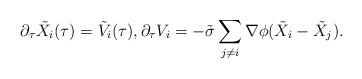
LaTeX: \begin{align*} \partial_\tau \tilde{X}_i(\tau) &= \tilde{V}_i(\tau), \partial_\tau V_i = -\tilde{\sigma} \sum_{j\neq i} \nabla \phi(\tilde{X}_i-\tilde{X}_j).\end{align*}